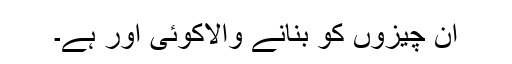
ان چیزوں کو بنانے والاکوئی اور ہے۔